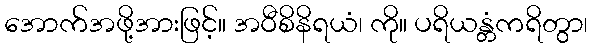
အောက်အဖို့အားဖြင့်။ အဝီစိနိရယံ၊ ကို။ ပရိယန္တံကရိတွာ၊